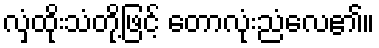
လှံထိုးသံတို့ဖြင့် တောလုံးညံလေ၏။